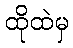
ထိုထဲမှ